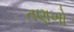
તણખો